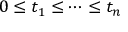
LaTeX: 0 \leq t _ { 1 } \leq \dots \leq t _ { n }